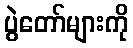
ပွဲတော်များကို